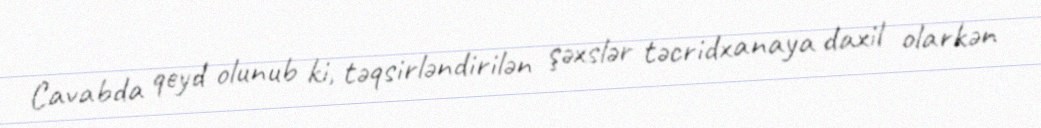
Cavabda qeyd olunub ki, təqsirləndirilən şəxslər təcridxanaya daxil olarkən